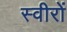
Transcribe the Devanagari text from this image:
स्वीरों